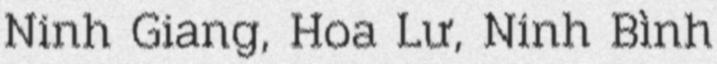
Ninh Giang, Hoa Lư, Ninh Bình